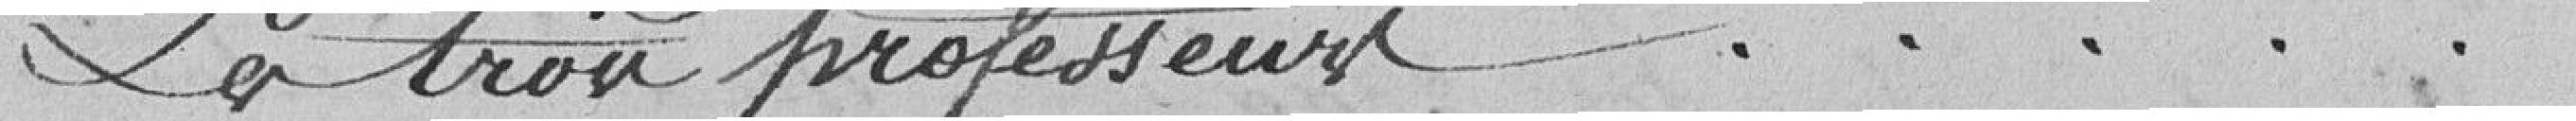
Les trois professeurs